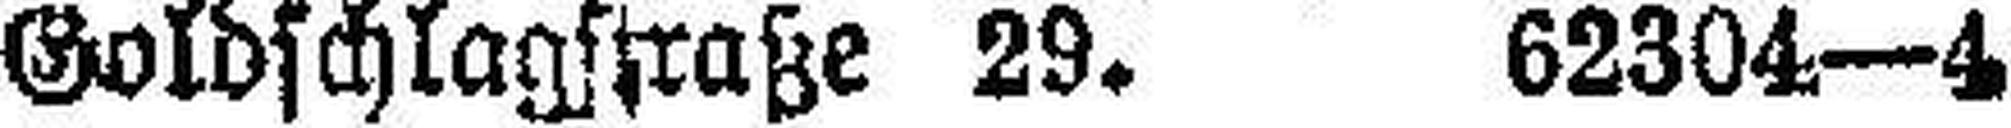
Goldschlagstraße 29. 62304—4